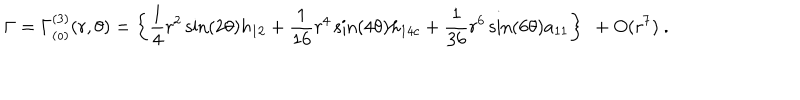
LaTeX: \Gamma = \Gamma _ { ( o ) } ^ { ( 3 ) } ( r , \theta ) = \left\{ \frac { 1 } { 4 } r ^ { 2 } \sin ( 2 \theta ) h _ { 1 2 } + \frac { 1 } { 1 6 } r ^ { 4 } \sin ( 4 \theta ) h _ { 1 4 c } + \frac { 1 } { 3 6 } r ^ { 6 } \sin ( 6 \theta ) a _ { 1 1 } \right\} \ + O ( r ^ { 7 } ) \ .